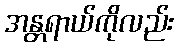
အန္တရာယ်ကိုလည်း